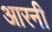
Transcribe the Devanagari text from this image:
आरनी